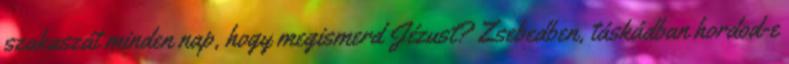
szakaszát minden nap, hogy megismerd Jézust? Zsebedben, táskádban hordod-e